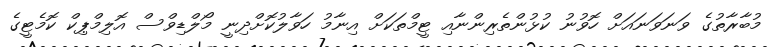
މުބާރާތުގެ ވަނަވަނައަށް ހޮވުނު ކުޅުންތެރިންނާއި ޓީމްތަކަށް އިނާމު ހަވާލުކޮށްދިނީ މޯލްޑިވްސް އޮލިމްޕިކް ކޮމެޓީގެ